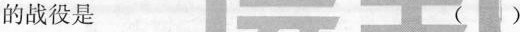
的战役是 ( )